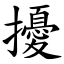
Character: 擾